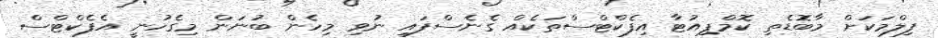
ފިލްމަކަށް މާބޮޑެތި ކޮމްޕިއުޓާ އިފެކްޓްސްތަކެއް ގެނެސްފައި ނުވި މިހެން ބުނަން މިގެހުނީ އެފެކްޓްސް